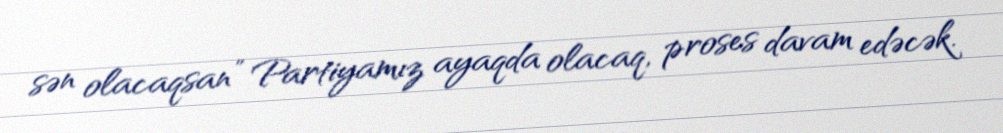
sən olacaqsan” Partiyamız ayaqda olacaq, proses davam edəcək.